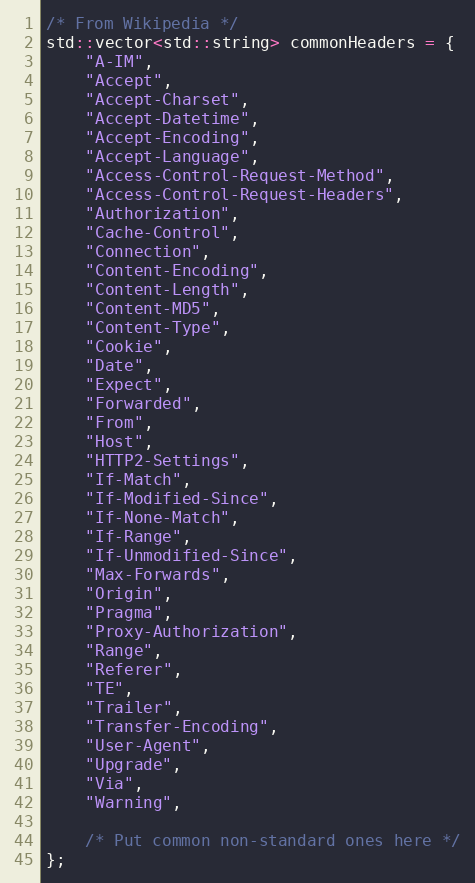
Language: C++
/* From Wikipedia */
std::vector<std::string> commonHeaders = {
    "A-IM",
    "Accept",
    "Accept-Charset",
    "Accept-Datetime",
    "Accept-Encoding",
    "Accept-Language",
    "Access-Control-Request-Method",
    "Access-Control-Request-Headers",
    "Authorization",
    "Cache-Control",
    "Connection",
    "Content-Encoding",
    "Content-Length",
    "Content-MD5",
    "Content-Type",
    "Cookie",
    "Date",
    "Expect",
    "Forwarded",
    "From",
    "Host",
    "HTTP2-Settings",
    "If-Match",
    "If-Modified-Since",
    "If-None-Match",
    "If-Range",
    "If-Unmodified-Since",
    "Max-Forwards",
    "Origin",
    "Pragma",
    "Proxy-Authorization",
    "Range",
    "Referer",
    "TE",
    "Trailer",
    "Transfer-Encoding",
    "User-Agent",
    "Upgrade",
    "Via",
    "Warning",

    /* Put common non-standard ones here */
};